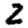
Digit: 2